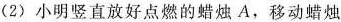
(2)小明竖直放好点燃的蜡烛A，移动蜡烛